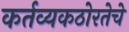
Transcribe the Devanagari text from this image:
कर्तव्यकठोरतेचे